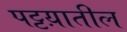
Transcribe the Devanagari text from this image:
पट्टय़ातील